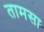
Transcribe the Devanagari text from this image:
तामसा